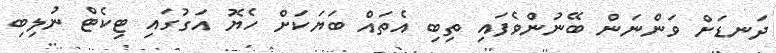
ދަނޑަށް ވަންނަން ބޭނުންވެފައި ތިބި އެތައް ބަޔަކަށް ހެޔޮ އަގުގައި ޓިކެޓް ނުލިބި